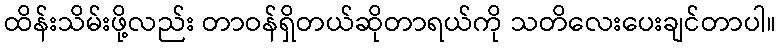
ထိန်းသိမ်းဖို့လည်း တာဝန်ရှိတယ်ဆိုတာရယ်ကို သတိလေးပေးချင်တာပါ။